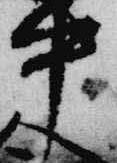
中